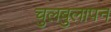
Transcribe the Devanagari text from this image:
चुलबुलापन